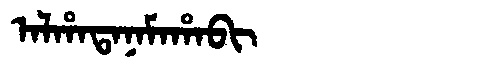
Manchu: ᠠᠯᡥᠠᡨᠠᠨᠠᠮᠠᡥᠠᠪᡳ
Romanization: ALHATANAMAHABI